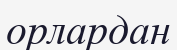
орлардан